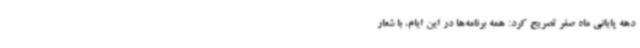
دهه پایانی ماه صفر تصریح کرد: همه برنامه‌ها در این ایام، با شعار